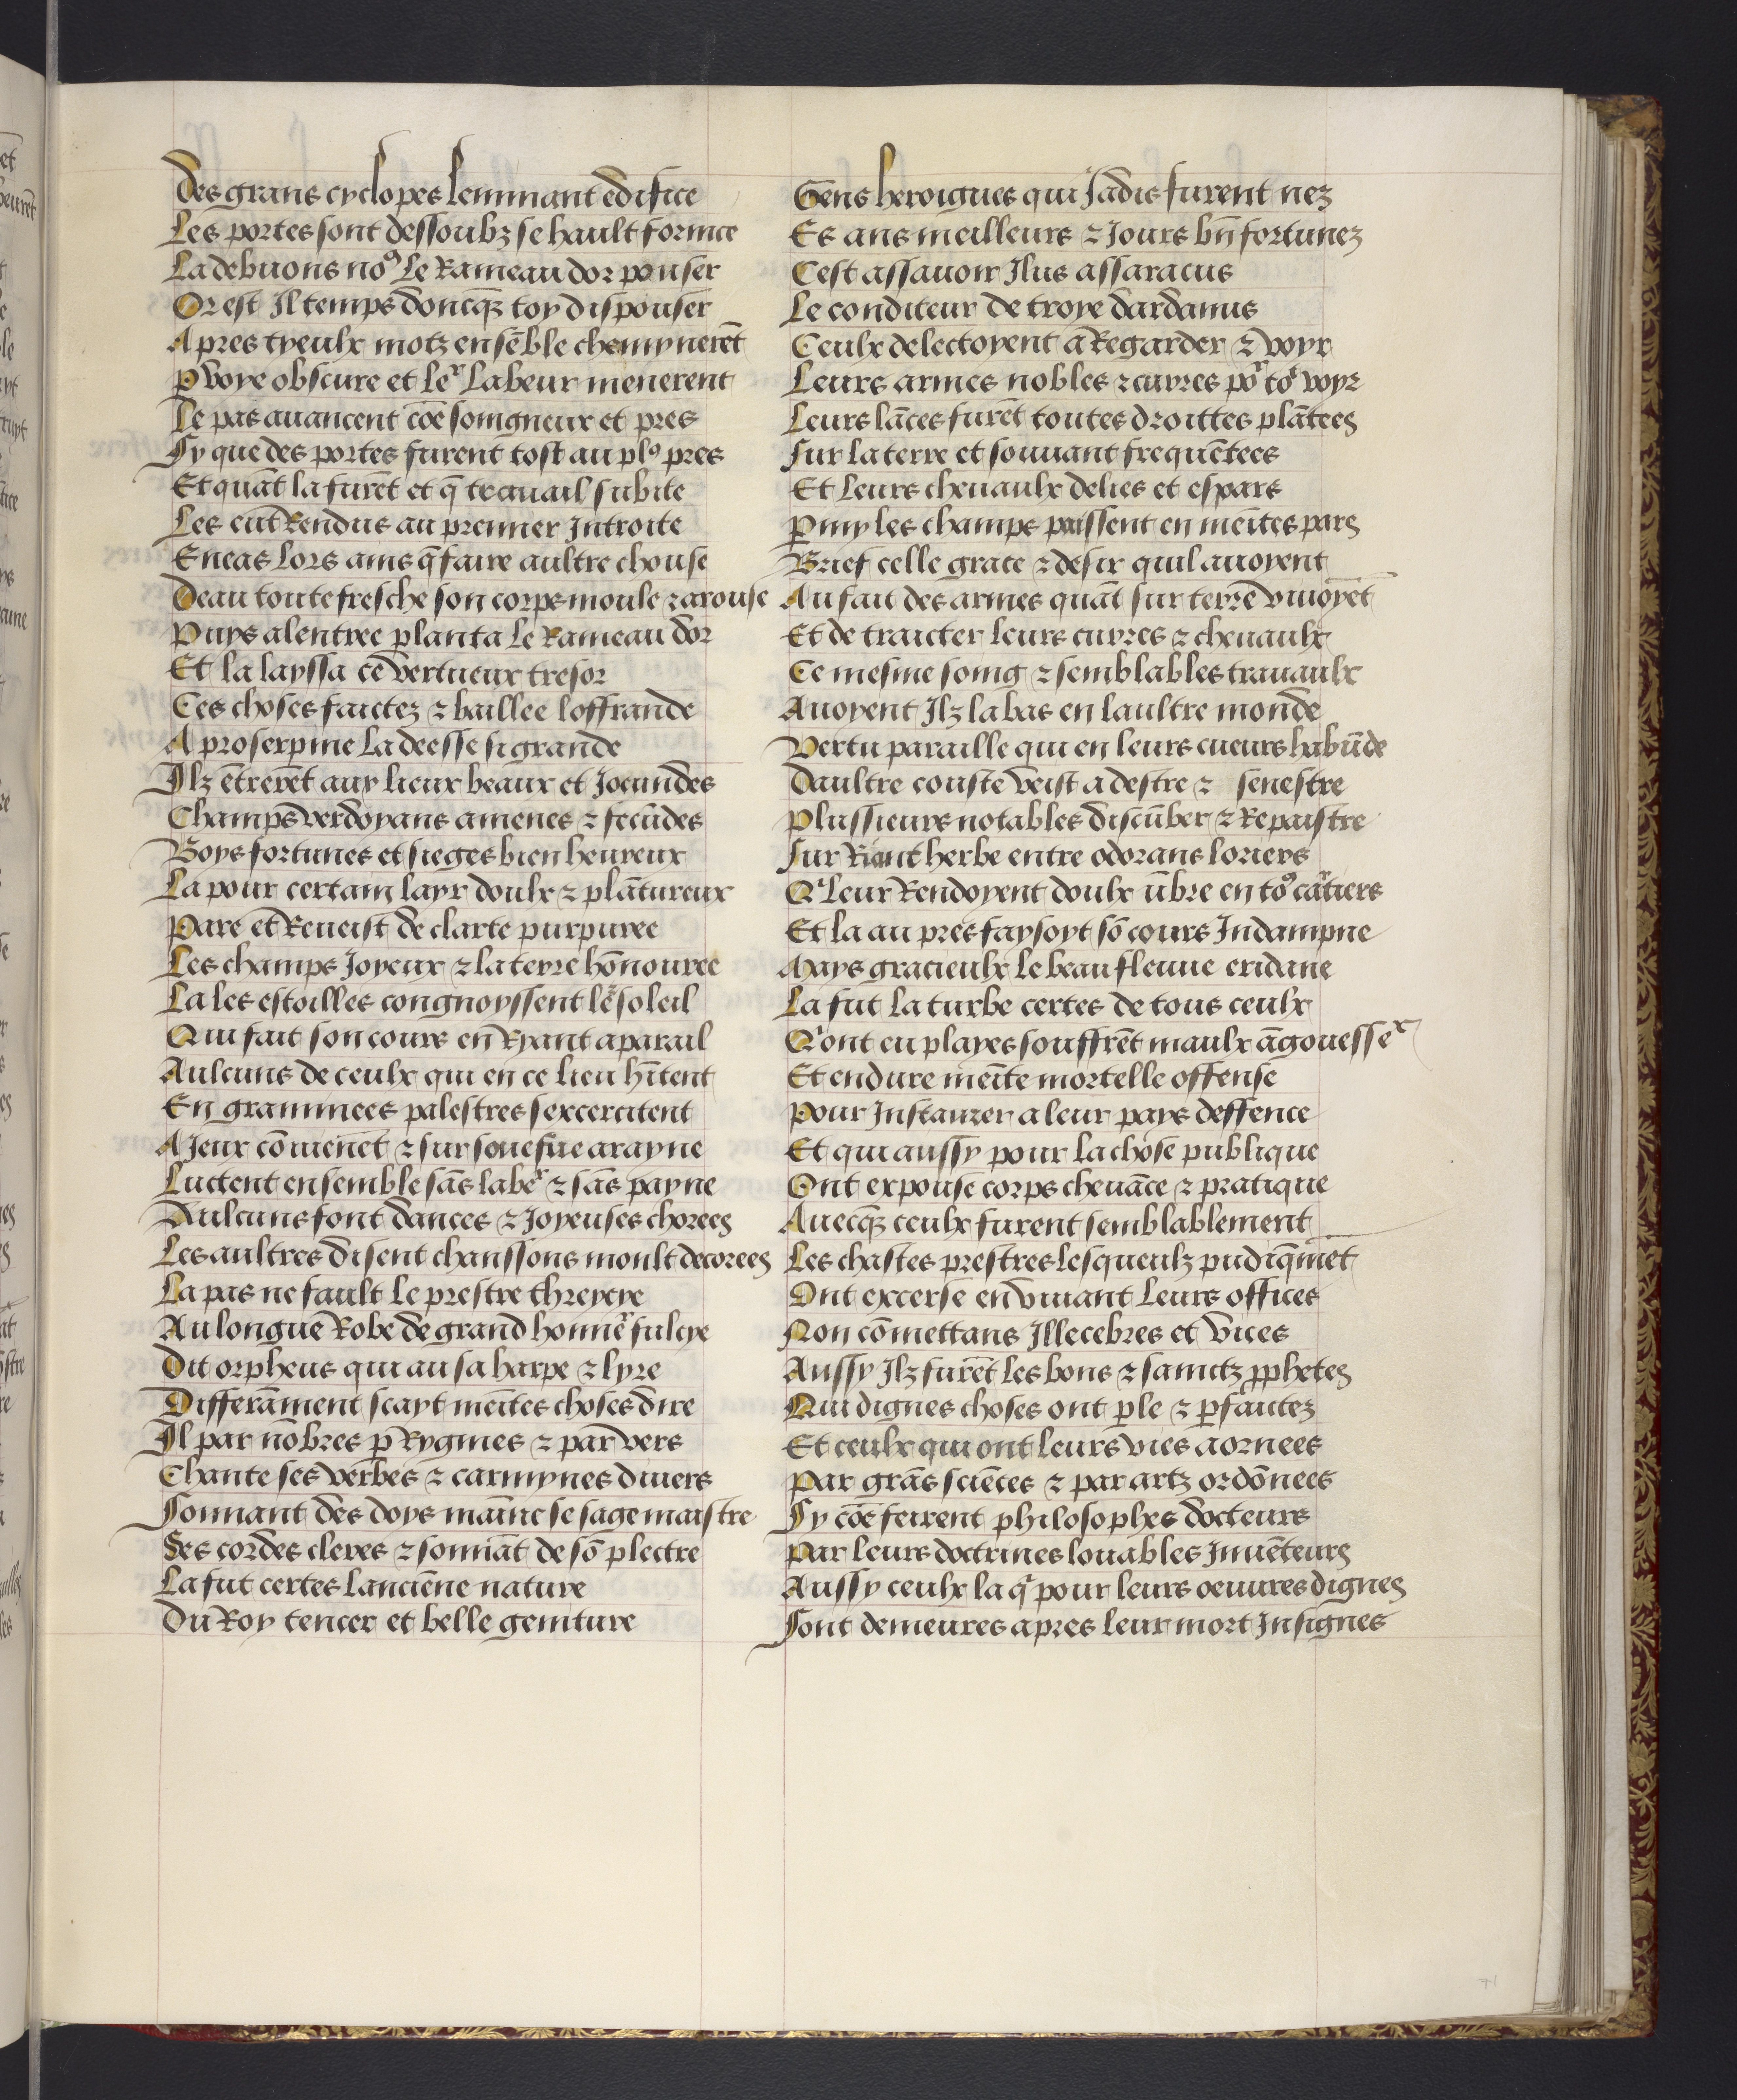
Shelfmark: Philadelphia, University of Pennsylvania, codex 909
Century: 15